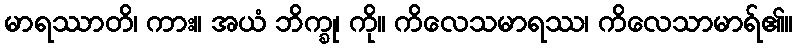
မာရဿာတိ၊ ကား။ အယံ ဘိက္ခု၊ ကို။ ကိလေသမာရဿ၊ ကိလေသာမာရ်၏။